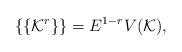
LaTeX: \begin{align*}\left \{ \left \{ \mathcal{K}^r\right \}\right \}= E^{1-r} V (\mathcal{K}),\end{align*}